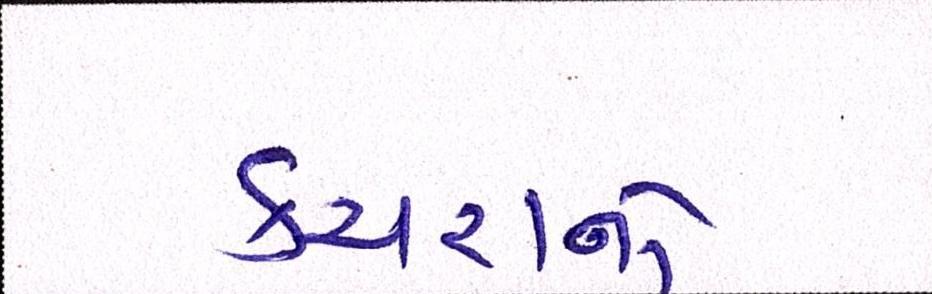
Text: કચરાનો